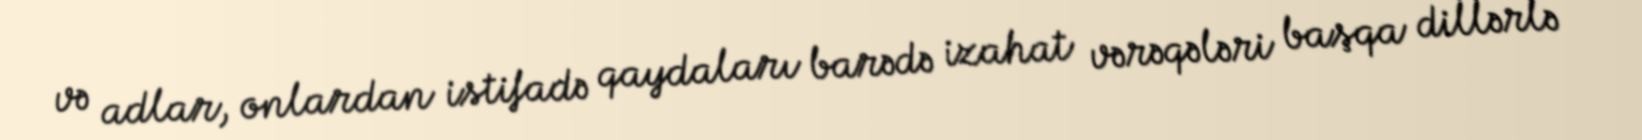
və adlar, onlardan istifadə qaydaları barədə izahat vərəqələri başqa dillərlə